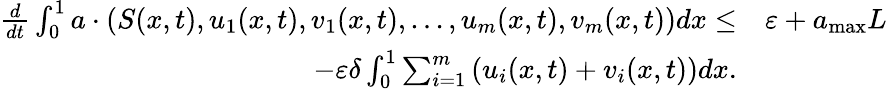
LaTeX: \begin{array}{rl}{\frac{d}{dt}\int_{0}^{1}a\cdot\left(S(x,t),u_{1}(x,t),v_{1}(x,t),...,u_{m}(x,t),v_{m}(x,t)\right)dx\le}&{\varepsilon+a_{\mathrm{max}}L}\\ {-\varepsilon\delta\int_{0}^{1}\sum_{i=1}^{m}\left(u_{i}(x,t)+v_{i}(x,t)\right)dx.}\end{array}